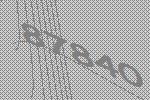
87840